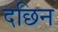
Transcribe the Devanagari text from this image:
दछिन